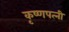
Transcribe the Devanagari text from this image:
कृष्णपत्‍नी